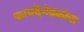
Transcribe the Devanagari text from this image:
कायदेमंडळांना